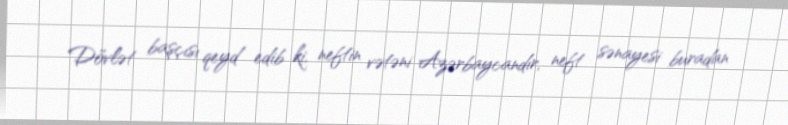
Dövlət başçısı qeyd edib ki, neftin vətəni Azərbaycandır, neft sənayesi buradan